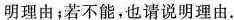
明理由；若不能，也请说明理由.